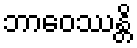
ဘာဝေဿန္တိ